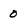
Character: 0